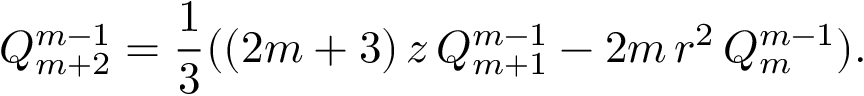
Q _ { m + 2 } ^ { m - 1 } = \frac { 1 } { 3 } ( ( 2 m + 3 ) \, z \, Q _ { m + 1 } ^ { m - 1 } - 2 m \, r ^ { 2 } \, Q _ { m } ^ { m - 1 } ) .